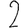
Digit: 2